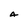
Character: A